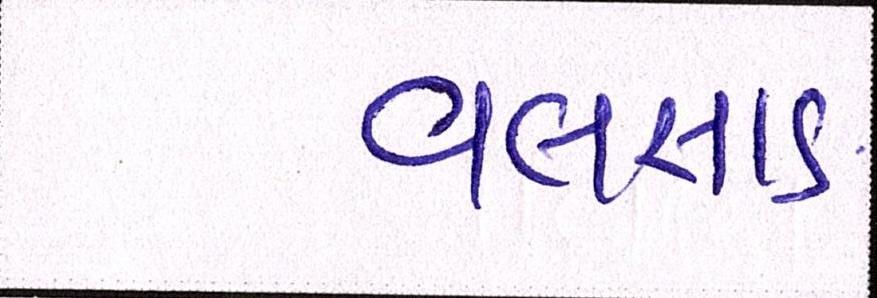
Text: વલસાડ